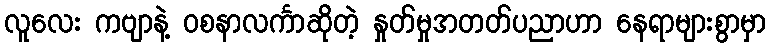
လူလေး ကဗျာနဲ့ ဝစနာလင်္ကာဆိုတဲ့ နှုတ်မှုအတတ်ပညာဟာ နေရာများစွာမှာ